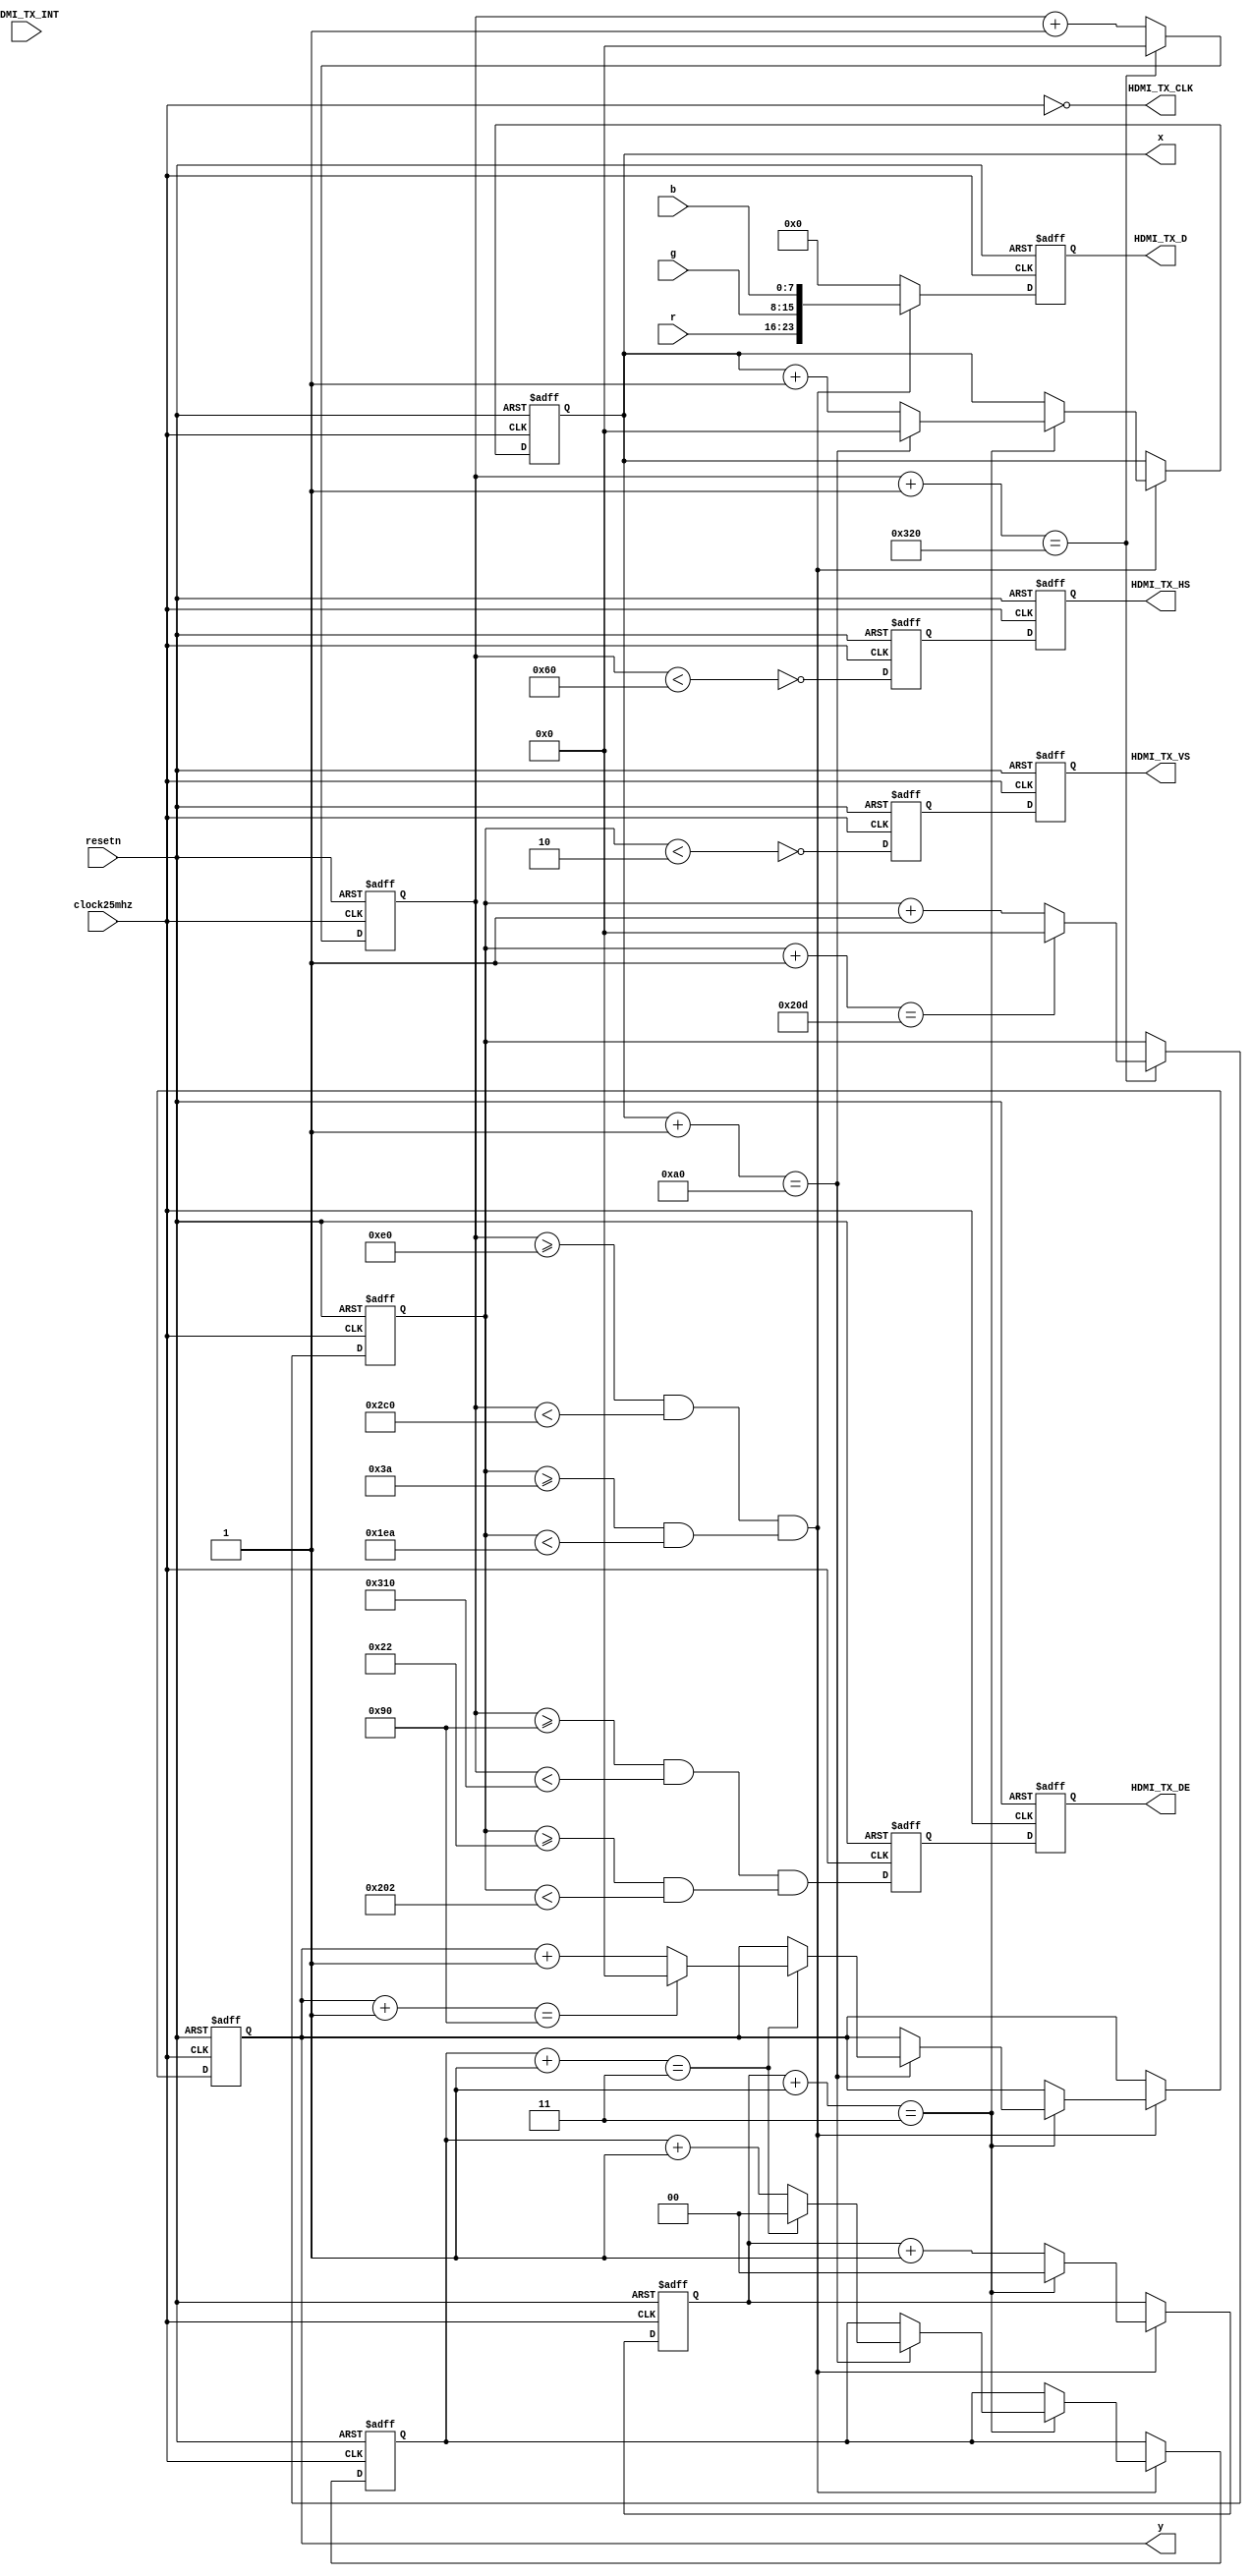
module hdmi(
    clock25mhz, resetn,
    x, y,
    r, g, b,
    
	//////////// HDMI-TX //////////
	HDMI_TX_CLK,
	HDMI_TX_D,
	HDMI_TX_DE,
	HDMI_TX_HS,
	HDMI_TX_INT,
	HDMI_TX_VS
);

parameter CYCLE_DELAY = 0;

parameter WIDTH = 160;
parameter HEIGHT = 144;
parameter XDIV = 3;
parameter YDIV = 3;
parameter XSTART = 80;
parameter YSTART = 24;
parameter XEND = XSTART + XDIV*WIDTH;
parameter YEND = YSTART + YDIV*HEIGHT;

parameter HSIZE = 640;
parameter VSIZE = 480;
parameter HTOTAL = 800;
parameter VTOTAL = 525;
parameter HSYNC = 96;
parameter VSYNC = 2;
parameter HSTART = 144;
parameter VSTART = 34;
parameter HEND = HSTART + HSIZE;
parameter VEND = VSTART + VSIZE;


input clock25mhz;
input resetn;
output reg [11:0] x;
output reg [11:0] y;
input [7:0] r;
input [7:0] g;
input [7:0] b;

output HDMI_TX_CLK = ~clock25mhz;
output [23:0] HDMI_TX_D = hdmi_data;
output HDMI_TX_DE = hdmi_de[1];
output HDMI_TX_HS = hdmi_hsync[1];
output HDMI_TX_VS = hdmi_vsync[1];
input HDMI_TX_INT;


reg [23:0] hdmi_data;
reg hdmi_de [2];
reg hdmi_hsync [2];
reg hdmi_vsync [2];

reg [11:0] hdmi_hprecount;
reg [11:0] hdmi_vprecount;
reg [11:0] hdmi_hcount;
reg [11:0] hdmi_vcount;
wire hdmi_hactive = hdmi_hcount >= HSTART && hdmi_hcount < HEND;
wire hdmi_vactive = hdmi_vcount >= VSTART && hdmi_vcount < VEND;
wire hdmi_active = hdmi_hactive && hdmi_vactive;
wire hdmi_hpresync = ~(hdmi_hcount < HSYNC);
wire hdmi_vpresync = ~(hdmi_vcount < VSYNC);

always @(posedge clock25mhz or negedge resetn) begin
    if (!resetn) begin
        hdmi_de[0] <= 0; 
        hdmi_de[1] <= 0;
        hdmi_hsync[0] <= 0;
        hdmi_hsync[1] <= 0;
        hdmi_vsync[0] <= 0;
        hdmi_vsync[1] <= 0;
        hdmi_hcount <= 0;
        hdmi_vcount <= 0;
    end else begin
        hdmi_de[0] <= hdmi_active;
        hdmi_de[1] <= hdmi_de[0];
        hdmi_hsync[0] <= hdmi_hpresync;
        hdmi_hsync[1] <= hdmi_hsync[0];
        hdmi_vsync[0] <= hdmi_vpresync;
        hdmi_vsync[1] <= hdmi_vsync[0];
    
        if (hdmi_hcount + 1'b1 == HTOTAL) begin
            hdmi_hcount <= 0;
            
            if (hdmi_vcount + 1'b1 == VTOTAL) begin
                hdmi_vcount <= 0;
            end else begin
                hdmi_vcount <= hdmi_vcount + 1'b1;
            end
        end else begin
            hdmi_hcount <= hdmi_hcount + 1'b1;
        end
    end
end


wire xactive = hdmi_hcount >= HSTART+XSTART && hdmi_hcount < HSTART+XEND;
wire yactive = hdmi_vcount >= VSTART+YSTART && hdmi_vcount < VSTART+YEND;
wire xsetup = hdmi_hcount >= HSTART+XSTART-CYCLE_DELAY && hdmi_hcount < HSTART+XEND-CYCLE_DELAY;
wire ysetup = hdmi_vcount >= VSTART+YSTART && hdmi_vcount < VSTART+YEND;

reg [$clog2(XDIV)-1:0] xcount;
reg [$clog2(YDIV)-1:0] ycount;

always @(posedge clock25mhz or negedge resetn) begin
    if (!resetn) begin
        hdmi_data <= 0;
        xcount <= 0;
        x <= 0;
        ycount <= 0;
        y <= 0;
    end else begin
        if (xactive && yactive) begin
            hdmi_data <= {r, g, b};
        end else begin
            hdmi_data <= 0;
        end
    
        if (xsetup && ysetup) begin
            if (xcount + 1'b1 == XDIV) begin
                xcount <= 0;
                if (x + 1'b1 == WIDTH) begin
                    x <= 0;
                    if (ycount + 1'b1 == YDIV) begin
                        ycount <= 0;
                        if (y + 1'b1 == HEIGHT) begin
                            y <= 0;
                        end else begin
                            y <= y + 1'b1;
                        end
                    end else begin
                        ycount <= ycount + 1'b1;
                    end
                end else begin
                    x <= x + 1'b1;
                end
            end else begin
                xcount <= xcount + 1'b1;
            end
        end
    end 
end

endmodule